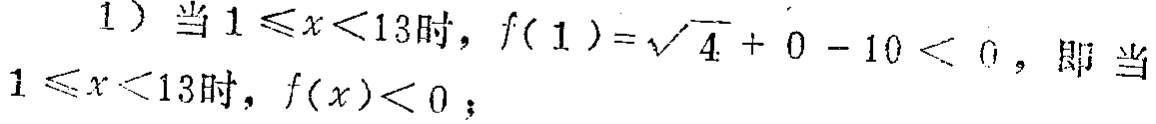
1) 当 \(1\leqslant x<13\) 时，\(f(1)=\sqrt{4}+0 - 10<0\)，即当 \(1\leqslant x<13\) 时，\(f(x)<0\)；